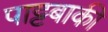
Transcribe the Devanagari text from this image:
पाट्टबाकी